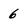
Character: 6